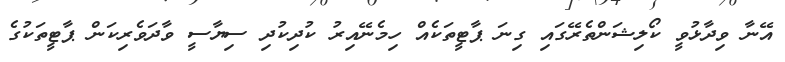
އޭނާ ވިދާޅުވީ ކޯލިޝަންތެރޭގައި ގިނަ ޕާޓީތަކެއް ހިމެނޭއިރު ކުދިކުދި ސިޔާސީ ވާދަވެރިކަން ޕާޓީތަކުގެ